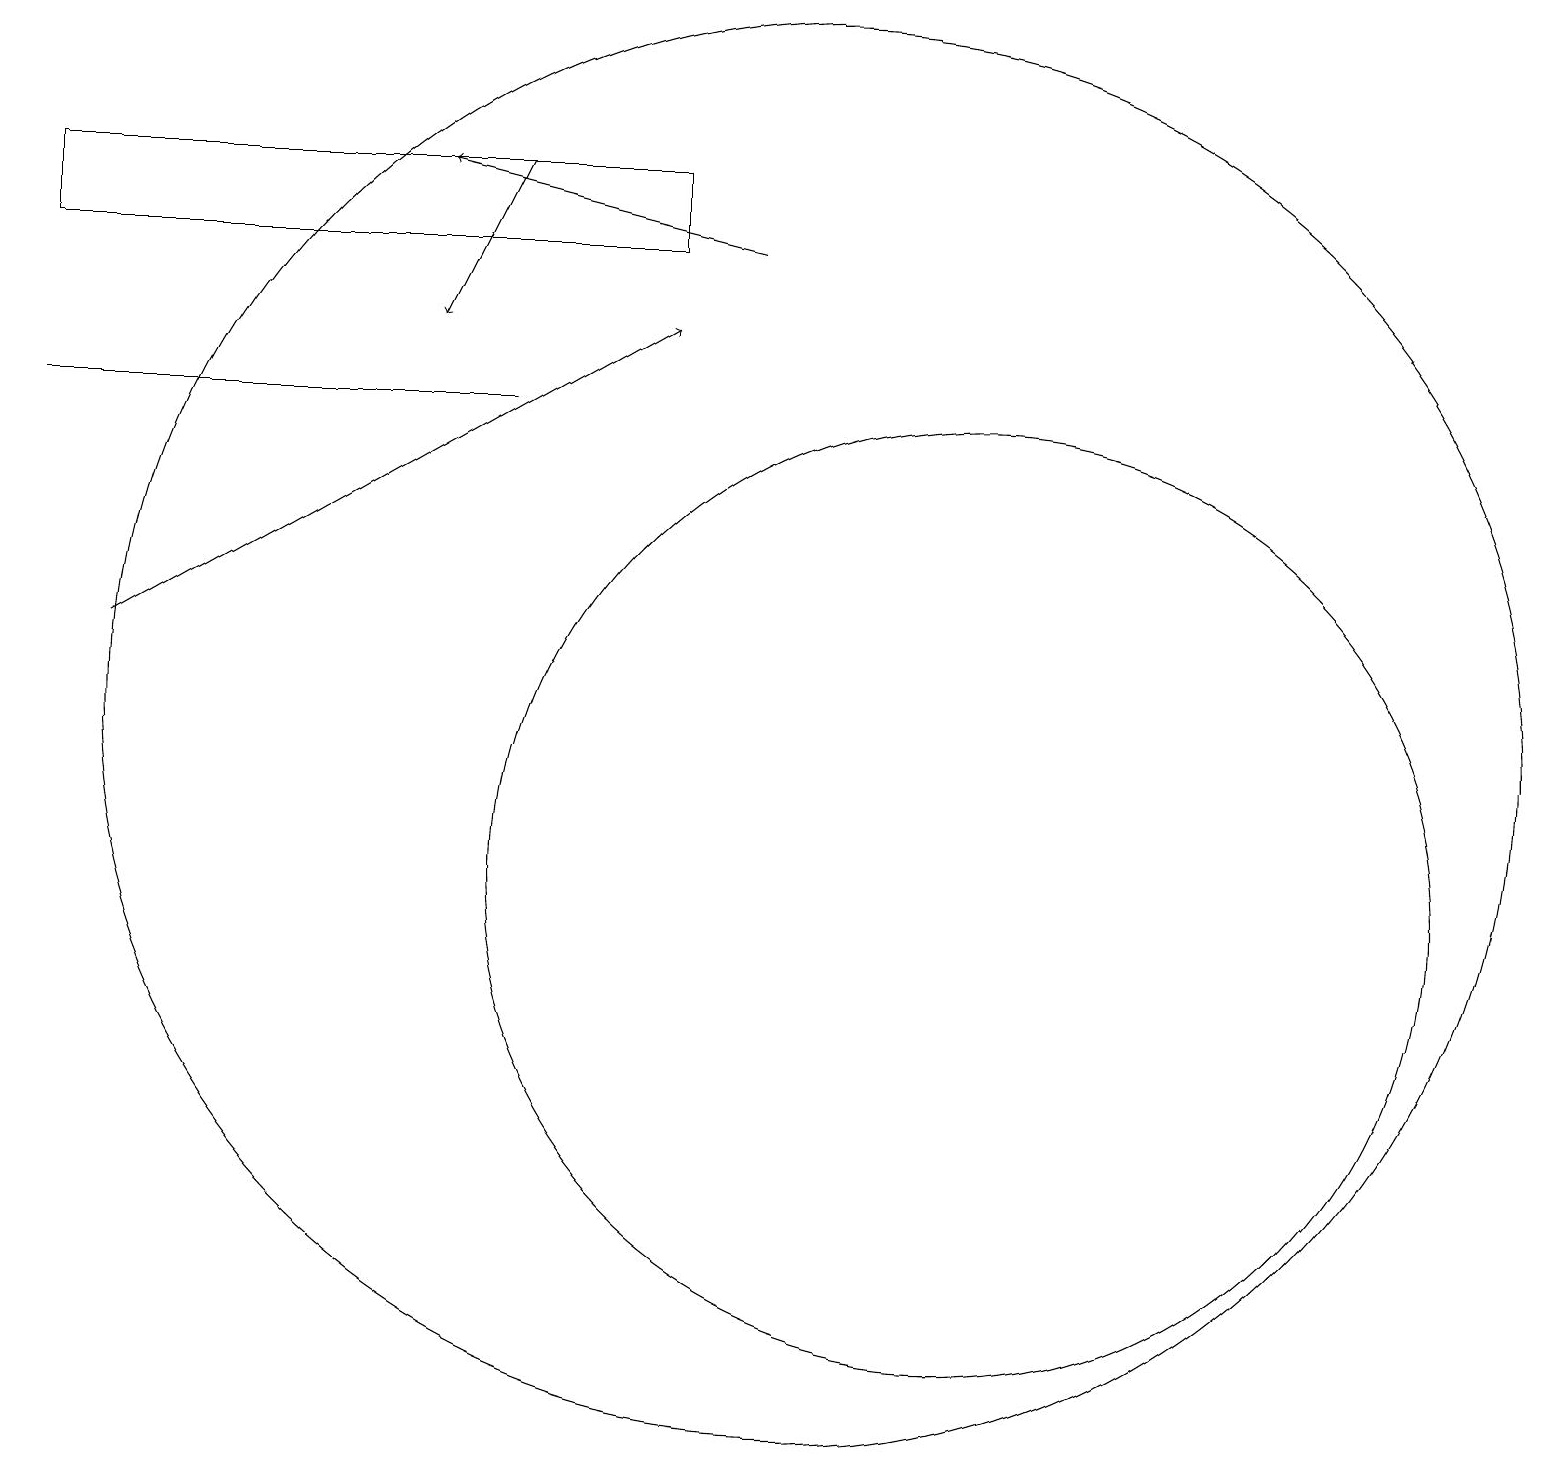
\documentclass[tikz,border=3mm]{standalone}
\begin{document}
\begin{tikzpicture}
\draw[->] (9,18) -- (5,19);
\draw[->] (6,19) -- (5,17);
\draw (8,19) rectangle (0,18);
\draw (6,16) rectangle (0,16);
\draw[->] (1,13) -- (8,17);
\draw (12,10) circle (6);
\draw (10,12) circle (9);
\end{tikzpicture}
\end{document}